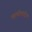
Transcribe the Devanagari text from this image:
मालतीबाईंचा